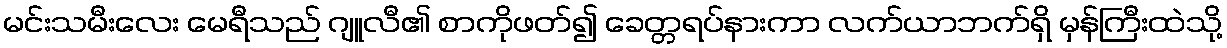
မင်းသမီးလေး မေရီသည် ဂျူလီ၏ စာကိုဖတ်၍ ခေတ္တရပ်နားကာ လက်ယာဘက်ရှိ မှန်ကြီးထဲသို့